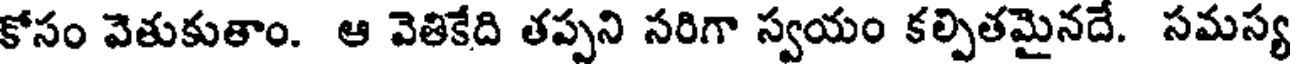
కోసం వెతుకుతాం. ఆ వెతికేది తప్పని సరిగా స్వయం కల్పితమైనదే. సమస్య